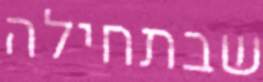
שבתחילה